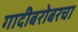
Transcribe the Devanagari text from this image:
गादीबरोबरचा